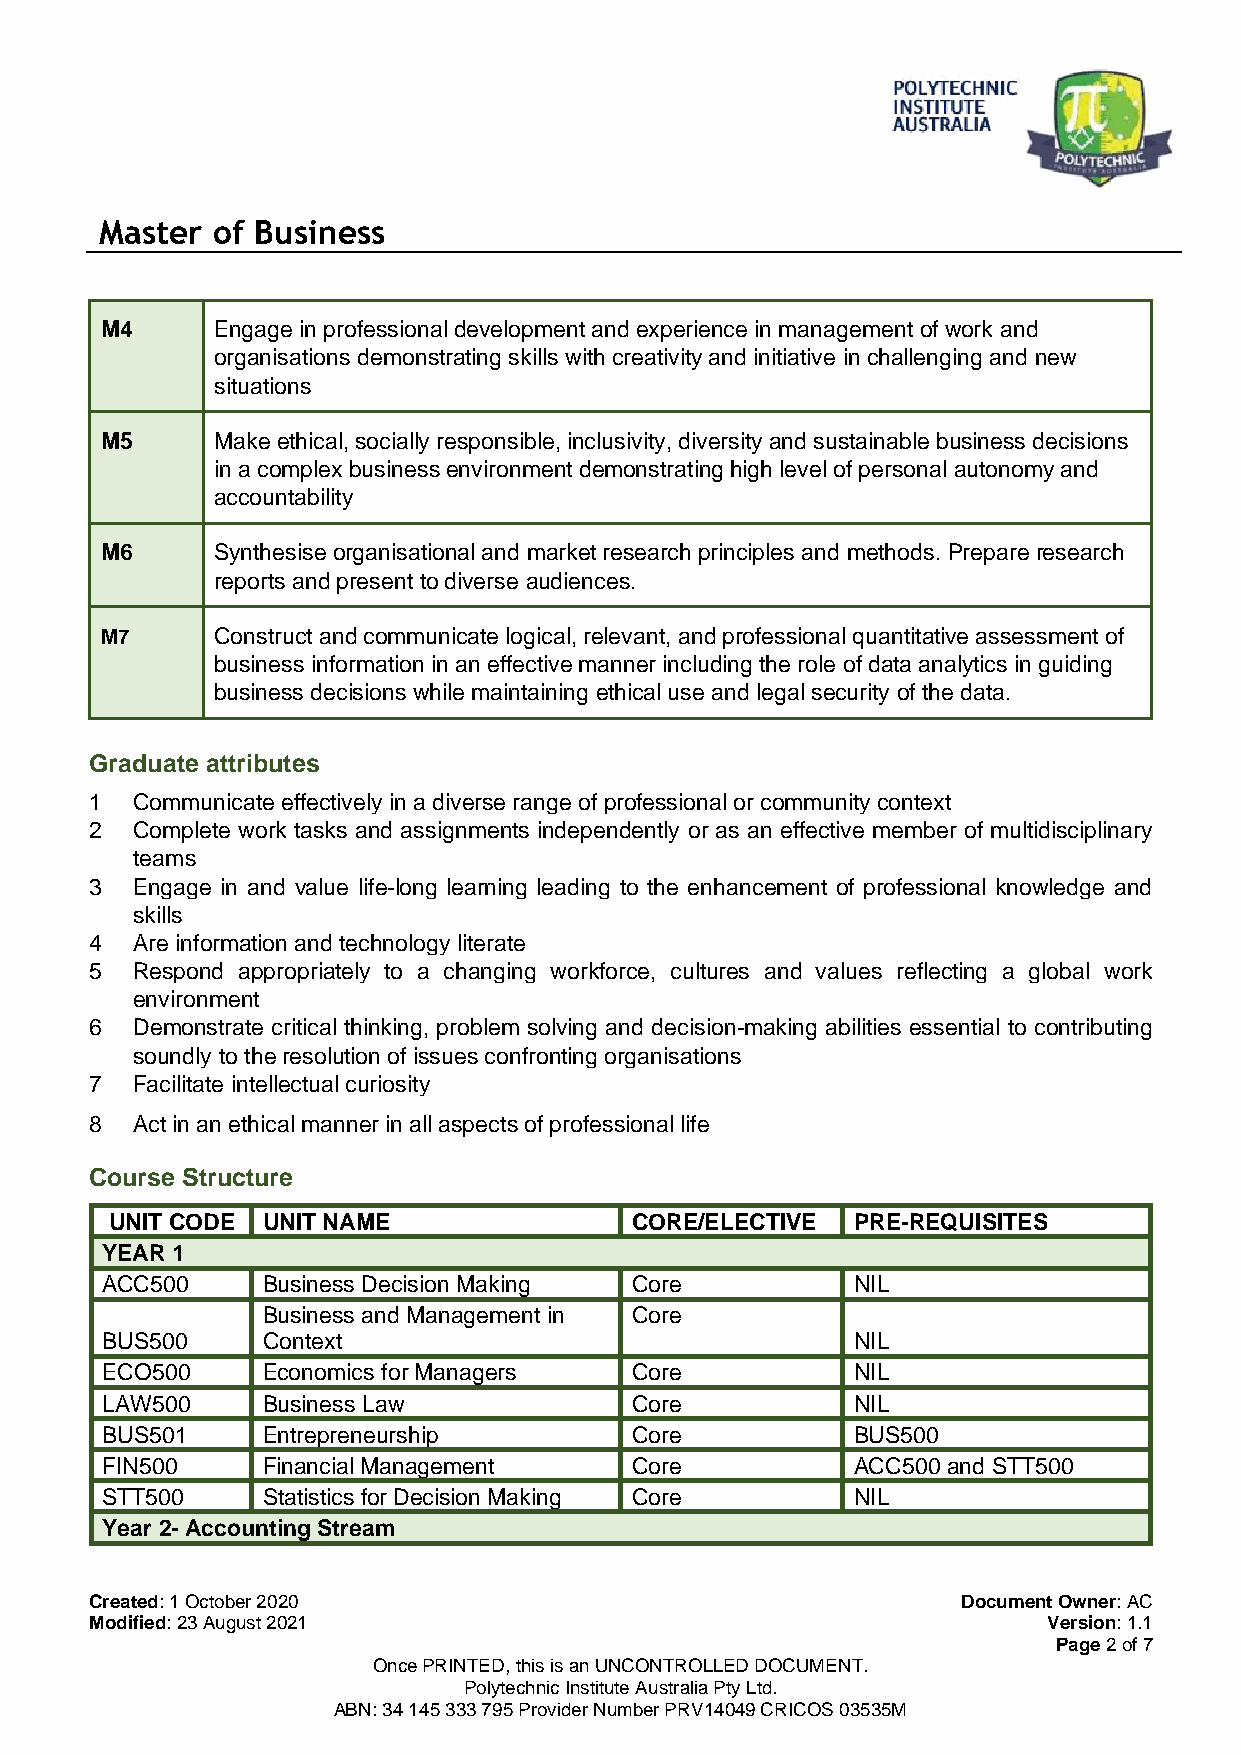
Master of Business
 M4     Engage in professional development and experience in management of work and
 organisations demonstrating skills with creativity and initiative in challenging and new
 situations
 M5     Make ethical, socially responsible, inclusivity, diversity and sustainable business decisions
 in a complex business environment demonstrating high level of personal autonomy and
 accountability
 M6     Synthesise organisational and market research principles and methods. Prepare research
 reports and present to diverse audiences.
 M7     Construct and communicate logical, relevant, and professional quantitative assessment of
 business information in an effective manner including the role of data analytics in guiding
 business decisions while maintaining ethical use and legal security of the data.
 Graduate attributes
 1  Communicate effectively in a diverse range of professional or community context
 2  Complete work tasks and assignments independently or as an effective member of multidisciplinary
 teams
 3  Engage in and value life-long learning leading to the enhancement of professional knowledge and
 skills
 4  Are information and technology literate
 5  Respond appropriately to a changing workforce, cultures and values reflecting a global work
 environment
 6  Demonstrate critical thinking, problem solving and decision-making abilities essential to contributing
 soundly to the resolution of issues confronting organisations
 7  Facilitate intellectual curiosity
 8  Act in an ethical manner in all aspects of professional life
 Course Structure
 UNIT CODE UNIT NAME                CORE/ELECTIVE  PRE-REQUISITES
 YEAR 1
 ACC500    Business Decision Making Core           NIL
 Business and Management in Core
 BUS500    Context                                 NIL
 ECO500    Economics for Managers   Core           NIL
 LAW500    Business Law             Core           NIL
 BUS501    Entrepreneurship         Core           BUS500
 FIN500    Financial Management     Core           ACC500 and STT500
 STT500    Statistics for Decision Making Core     NIL
 Year 2- Accounting Stream
 Created: 1 October 2020                                   Document Owner: AC
 Modified: 23 August 2021                                       Version: 1.1
 Page 2 of 7
 Once PRINTED, this is an UNCONTROLLED DOCUMENT.
 Polytechnic Institute Australia Pty Ltd.
 ABN: 34 145 333 795 Provider Number PRV14049 CRICOS 03535M